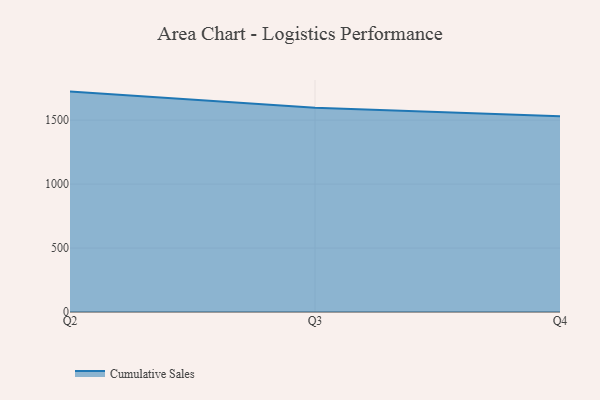
{"axis": {"x": "Quarter", "y": "Temperature (°C)"}, "legend": ["Cumulative Sales"], "data": [{"x": "Q2", "y": 1723.2, "type": "Cumulative Sales"}, {"x": "Q3", "y": 1597.4, "type": "Cumulative Sales"}, {"x": "Q4", "y": 1530.7, "type": "Cumulative Sales"}]}